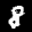
Label: 8